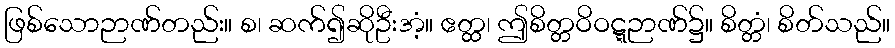
ဖြစ်သောဉာဏ်တည်း။ စ၊ ဆက်၍ဆိုဦးအံ့။ ဧတ္ထ၊ ဤစိတ္တဝိဝဋ္ဋဉာဏ်၌။ စိတ္တံ၊ စိတ်သည်။